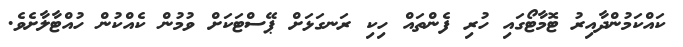
ކައްކަމުންދާއިރު ޓޮމާޓޯގައި ހުރި ފެންތައް ހިކި ރަނގަޅަށް ޕޭސްޓަކަށް ވުމުން ކެއްކުން ހުއްޓާލާށެވެ.